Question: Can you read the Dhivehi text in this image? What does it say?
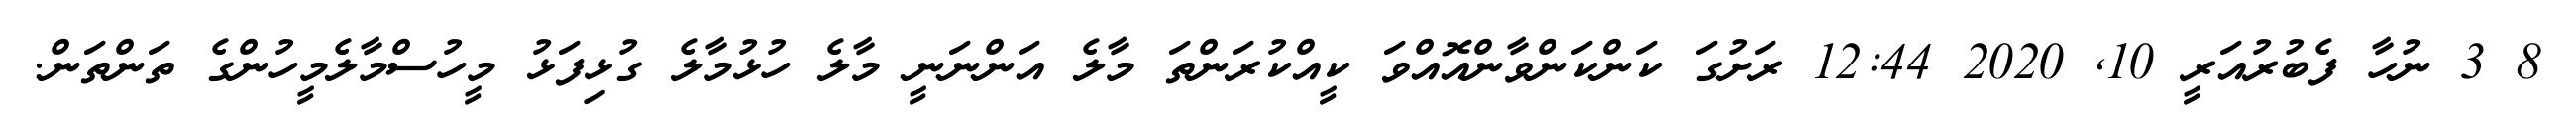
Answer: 8 3 ނުހާ ފެބުރުއަރީ 10, 2020 12:44 ރަށުގަ ކަންކަންވާންއޮއްވަ ކީއްކުރަންތަ މާލެ އަންނަނީ މާލެ ހުޅުމާލެ ގުޅިފަޅު މީހުސްމާލެމީހުންގެ ތަންތަން.